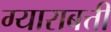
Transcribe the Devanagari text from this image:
ग्याराबत्ती